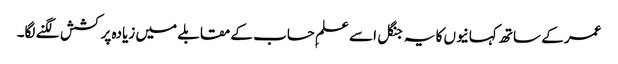
عمر کے ساتھ کہانیوں کا یہ جنگل اسے علمِ حساب کے مقابلے میں زیادہ پرکشش لگنے لگا۔